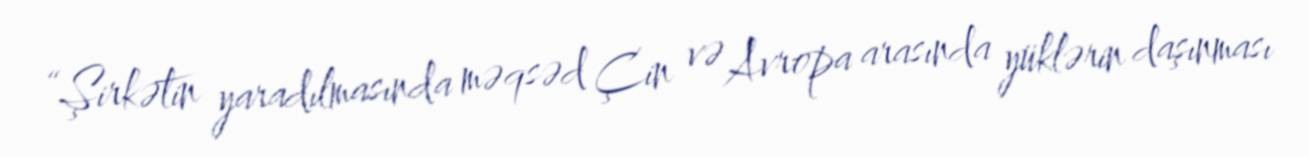
“Şirkətin yaradılmasında məqsəd Çin və Avropa arasında yüklərin daşınması